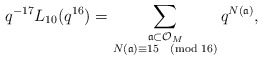
\begin{align*} q^{-17} L_{10}(q^{16}) = \sum_{\substack{\frak{a} \subset \mathcal{O}_{M} \\ N(\frak{a}) \equiv 15 \pmod{16}}} q^{N(\frak{a})},\end{align*}